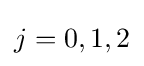
j=0,1,2